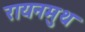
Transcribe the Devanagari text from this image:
रायनमुथ